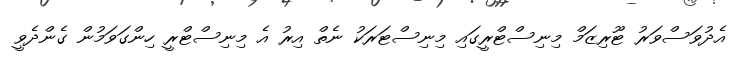
އެދުވަސްވަރު ޓޫރިޒަމް މިނިސްޓްރީގައި މިނިސްޓަރަކު ނެތް އިރު އެ މިނިސްޓްރީ ހިންގަވަމުން ގެންދެވީ